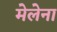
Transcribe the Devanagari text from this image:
मेलेना